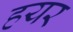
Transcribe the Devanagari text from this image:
हयर